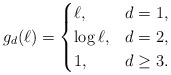
\begin{align*}g_d (\ell) = \begin{cases}\ell, &d=1,\\\log \ell, &d=2,\\1, &d \geq 3.\end{cases}\end{align*}